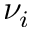
\nu _ { i }